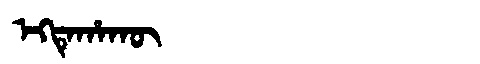
Manchu: ᡝᡴᡨᡝᡥᠠᡴᡡ
Romanization: EKTEHAKŪ